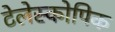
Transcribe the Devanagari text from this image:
टेलेस्कोपिक